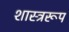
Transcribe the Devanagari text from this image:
शास्त्ररूप